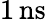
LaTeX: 1\, \mathrm{ns}